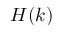
H ( k )